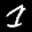
Label: 1